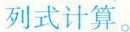
列式计算。